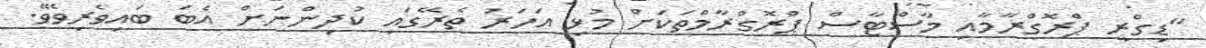
"ޑިގްރީ ޕްރޮގްރާމާއި މާސްޓާސް ޕްރޮގްރާމްތަކަށް މުޅި އަހަރު ތެރޭގައި ކުދިންނަށް އެބަ ބައިވެރިވެވޭ.